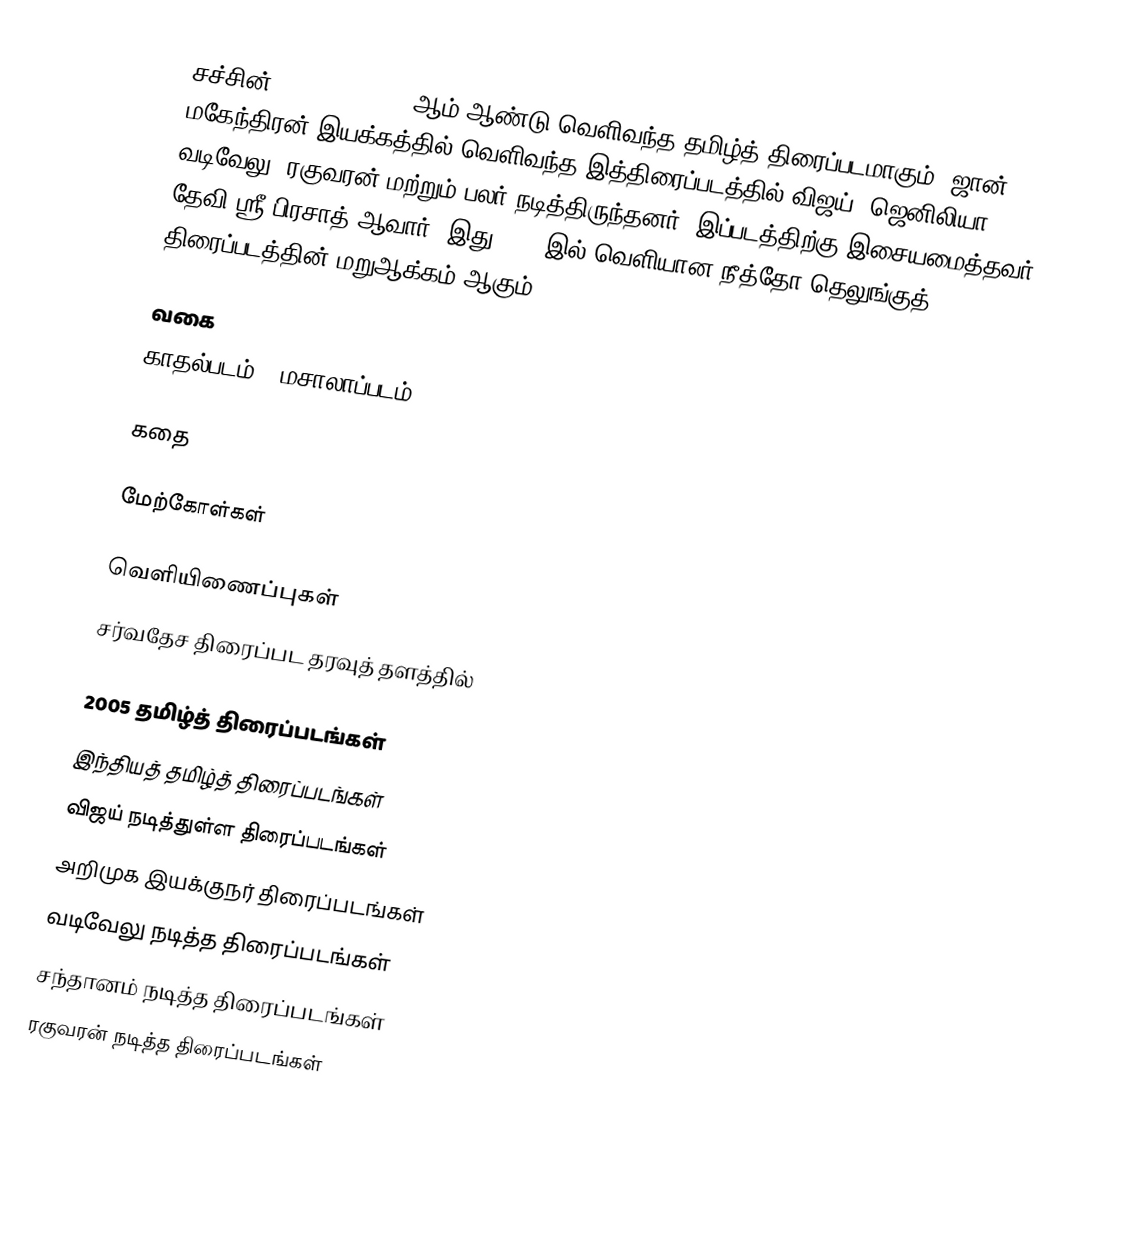
சச்சின் (Sachein) 2005 ஆம் ஆண்டு வெளிவந்த தமிழ்த் திரைப்படமாகும். ஜான் மகேந்திரன் இயக்கத்தில் வெளிவந்த இத்திரைப்படத்தில் விஜய், ஜெனிலியா, வடிவேலு, ரகுவரன் மற்றும் பலர் நடித்திருந்தனர். இப்படத்திற்கு இசையமைத்தவர் தேவி ஸ்ரீ பிரசாத் ஆவார். இது 2002 இல் வெளியான நீத்தோ தெலுங்குத் திரைப்படத்தின் மறுஆக்கம் ஆகும்.

வகை
காதல்படம் / மசாலாப்படம்

கதை

மேற்கோள்கள்

வெளியிணைப்புகள்
சர்வதேச திரைப்பட தரவுத் தளத்தில்

2005 தமிழ்த் திரைப்படங்கள்
இந்தியத் தமிழ்த் திரைப்படங்கள்
விஜய் நடித்துள்ள திரைப்படங்கள்
அறிமுக இயக்குநர் திரைப்படங்கள்
வடிவேலு நடித்த திரைப்படங்கள்
சந்தானம் நடித்த திரைப்படங்கள்
ரகுவரன் நடித்த திரைப்படங்கள்